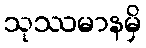
သုဿမာနမှိ